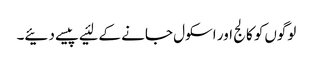
لوگوں‌کو کالج اور اسکول جانے کے لئیے پیسے دئیے۔